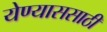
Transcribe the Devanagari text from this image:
येण्याससाठी